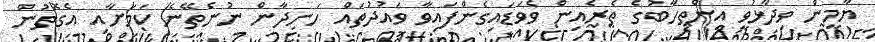
ޔާމީން ވިދާޅުވީ އިންތިހާބުގެ ތެރެއިން ވެވަޑައިގެންފައިވާ ވައުދުތައް ހަނދާން ނުނެތޭނެ ކަމަށާއި އެގޮތުން